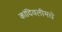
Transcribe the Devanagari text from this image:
कांदिवलीमधे